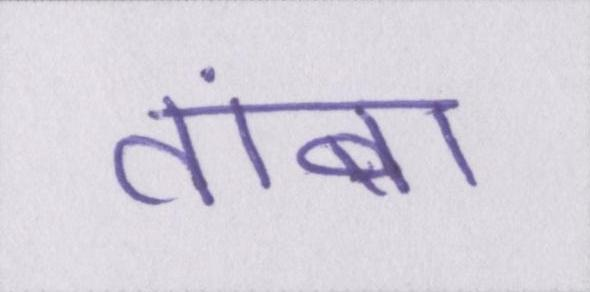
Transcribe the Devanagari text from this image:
तांबा